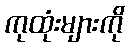
ကုထုံးများကို